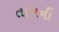
તાપની